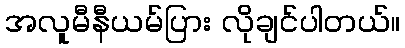
အလူမီနီယမ်ပြား လိုချင်ပါတယ်။